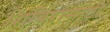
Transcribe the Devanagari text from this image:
शिबिरांसाठी